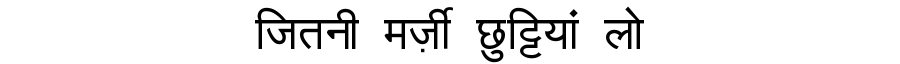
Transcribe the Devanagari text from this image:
जितनी मर्ज़ी छुट्टियां लो